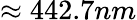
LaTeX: \approx 442.7nm